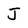
Character: J